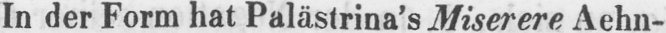
In der Form hat Palästrina’s Miserere Aehn-